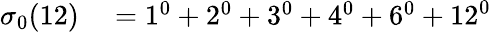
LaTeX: \begin{array}{rl}{\sigma_{0}(12)}&{{}=1^{0}+2^{0}+3^{0}+4^{0}+6^{0}+12^{0}}\end{array}